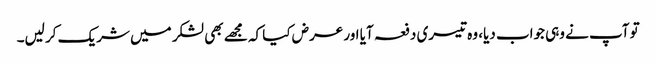
تو آپ نے وہی جواب دیا، وہ تیسری دفعہ آیا اور عرض کیا کہ مجھے بھی لشکر میں شریک کر لیں۔